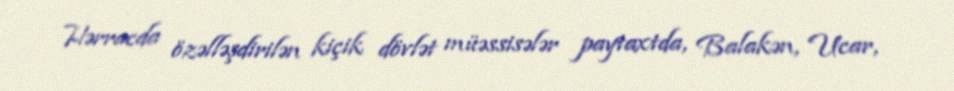
Hərracda özəlləşdirilən kiçik dövlət müəssisələr paytaxtda, Balakən, Ucar,